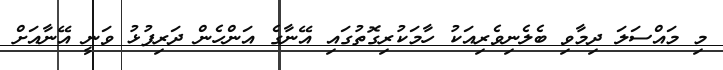
މި މައްސަލަ ދިމާވި ބެލެނިވެރިއަކު ހާމަކުރިގޮތުގައި އޭނާގެ އަންހެން ދަރިފުޅު ވަނީ އޭނާއަށް